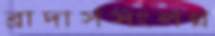
ব্রাদার্সসংলগ্ন